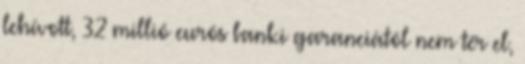
lehívott, 32 millió eurós banki garanciától nem tér el,